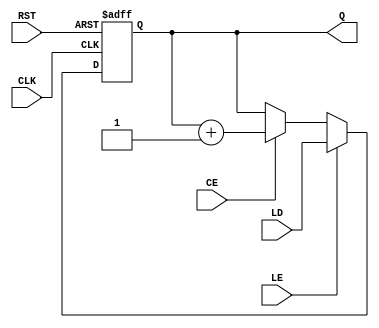
module LoadableCounter #(
    parameter WIDTH = 4  // Width of the counter (number of bits)
)(
    input wire CLK,      // Clock input
    input wire RST,      // Reset input
    input wire CE,       // Count Enable
    input wire LE,       // Load Enable
    input wire [WIDTH-1:0] LD, // Load Value
    output reg [WIDTH-1:0] Q   // Current Count Output
);

    // Always block triggered on the rising edge of the clock
    always @(posedge CLK or posedge RST) begin
        if (RST) begin
            // Reset the counter to zero or predefined value
            Q <= 0; // or a predefined value
        end
        else if (LE) begin
            // Load the specified value into the counter
            Q <= LD;
        end
        else if (CE) begin
            // Increment the counter
            Q <= Q + 1;
        end
    end

endmodule